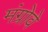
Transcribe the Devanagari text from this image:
मंग्रोवे